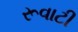
રૂવાટી